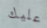
عليك